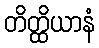
တိတ္ထိယာနံ